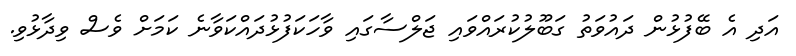
އަދި އެ ބޭފުޅުން ދައުވަތު ގަބޫލުކުރައްވައި ޖަލްސާގައި ވާހަކަފުޅުދައްކަވާނެ ކަމަށް ވެސް ވިދާޅުވި.